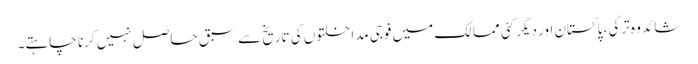
شائد وہ ترکی، پاکستان اور دیگر کئی ممالک میں فوجی مداخلتوں کی تاریخ سے سبق حاصل نہیں کرنا چاہتے۔